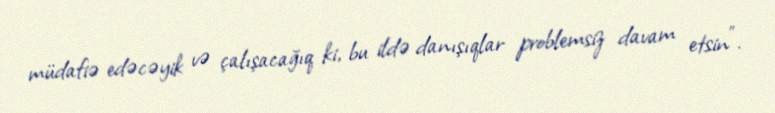
müdafiə edəcəyik və çalışacağıq ki, bu ildə danışıqlar problemsiz davam etsin”.